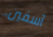
آسفين